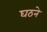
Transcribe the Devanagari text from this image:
घठने